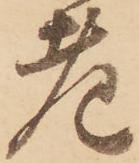
老